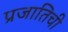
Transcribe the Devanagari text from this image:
प्रजातिची